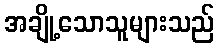
အချို့သောသူများသည်